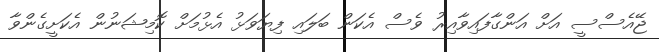
ޖޭއެސްސީ އަށް އަންގާފައިވާއިރު ވެސް އެކަން ބަލައި ފިޔަވަޅު އެޅުމަށް ކޮމިޝަނުން އެކަށީގެންވާ